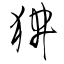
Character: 狒